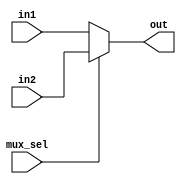
`timescale 1ns/1ns
module mux(in1,in2,mux_sel,out);//mux_sel='b0 for in1,mux_sel='b1 for in2

input [31:0] in1;
input [31:0] in2;
input mux_sel;
output [31:0] out;

assign out=(mux_sel=='b1)?in2:in1;

endmodule